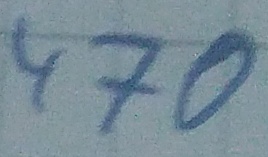
Text: 470